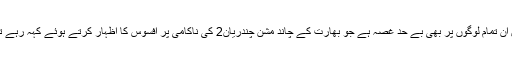
رابی پیرزادہ نے مزید کہا کہ انہیں ان تمام لوگوں پر بھی بے حد غصہ ہے جو بھارت کے چاند مشن چندریان2 کی ناکامی پر افسوس کا اظہار کرتے ہوئے کہہ رہے تھے کہ بھارت کی ترقی رک گئی۔